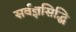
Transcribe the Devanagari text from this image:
सर्वज्ञसिद्धि